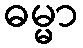
ဓမ္မာ